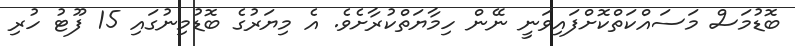
ބޮޑުމަސް މަސައްކަތްކޮށްފައިވަނީ ނޭން ހިމާޔަތްކުރާށެވެ. އެ މިޔަރުގެ ބޮޑުމިނުގައި 15 ފޫޓު ހުރި